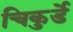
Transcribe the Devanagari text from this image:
चिकुर्डे